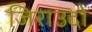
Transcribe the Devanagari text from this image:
जिराउदो